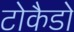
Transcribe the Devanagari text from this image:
टोकैडो